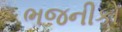
ભજનીકો